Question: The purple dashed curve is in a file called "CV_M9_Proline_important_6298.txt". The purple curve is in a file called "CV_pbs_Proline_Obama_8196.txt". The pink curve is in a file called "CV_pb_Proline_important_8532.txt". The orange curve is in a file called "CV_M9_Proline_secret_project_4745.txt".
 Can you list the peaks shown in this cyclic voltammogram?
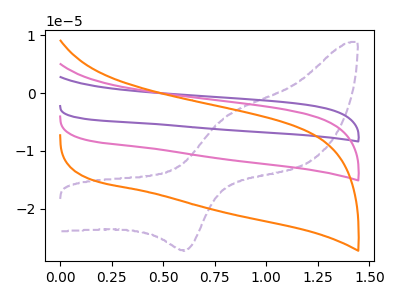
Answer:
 <answer>The purple dashed curve "Proline M9" has an anodic peak at (0.80V, -4.20uA) and a cathodic peak at (0.60V, -27.20uA). The purple curve "Proline pbs" has no peaks. The pink curve "Proline pb" has no peaks. The orange curve "Proline M9" has no peaks.</answer>
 <eval></eval>